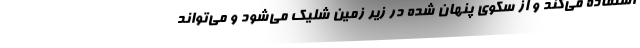
استفاده می‌کند و از سکوی پنهان شده در زیر زمین شلیک می‌شود و می‌تواند